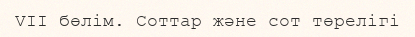
VII бөлім. Соттар және сот төрелігі